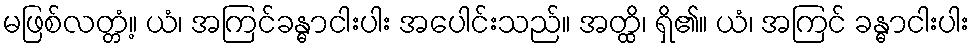
မဖြစ်လတ္တံ့။ ယံ၊ အကြင်ခန္ဓာငါးပါး အပေါင်းသည်။ အတ္ထိ၊ ရှိ၏။ ယံ၊ အကြင် ခန္ဓာငါးပါး